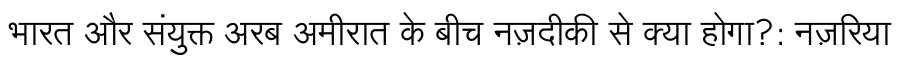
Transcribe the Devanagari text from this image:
भारत और संयुक्त अरब अमीरात के बीच नज़दीकी से क्या होगा?: नज़रिया